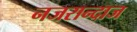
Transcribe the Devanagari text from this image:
नजरान्दाज